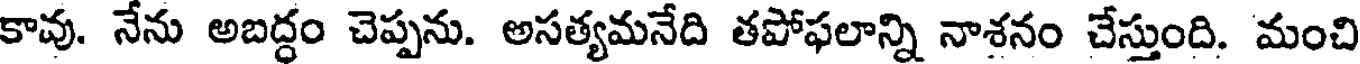
కావు. నేను అబద్ధం చెప్పను. అసత్యమనేది తపోఫలాన్ని నాశనం చేస్తుంది. మంచి